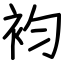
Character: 袀